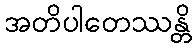
အတိပါတေဿန္တိ